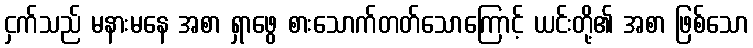
ငှက်သည် မနားမနေ အစာ ရှာဖွေ စားသောက်တတ်သောကြောင့် ယင်းတို့၏ အစာ ဖြစ်သော